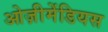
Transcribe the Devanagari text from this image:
ओज़ीमेंडियस